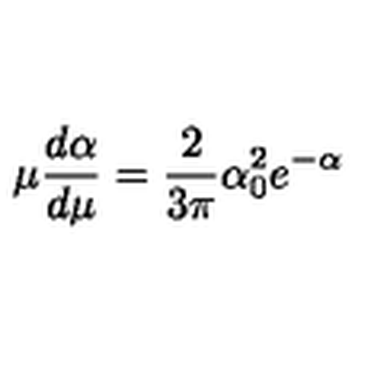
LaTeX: \mu \frac { d \alpha } { d \mu } = \frac { 2 } { 3 \pi } \alpha _ { 0 } ^ { 2 } e ^ { - \alpha }